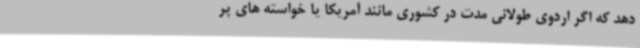
دهد که اگر اردوی طولانی مدت در کشوری مانند آمریکا یا خواسته های پر